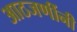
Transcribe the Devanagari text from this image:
आठजणींनी